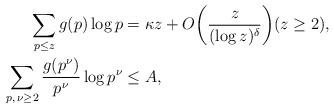
LaTeX: \begin{align*}\sum_{p\leq z} g(p)\log p &= \kappa z + O\bigg(\frac{z}{(\log z)^{\delta}}\bigg) (z\geq 2),\\\sum_{p, \, \nu\geq 2} \frac{g(p^\nu)}{p^\nu} \log p^\nu&\leq A,\end{align*}